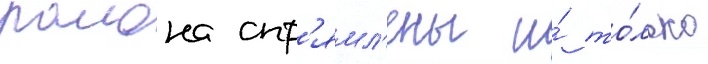
раиона спр'ямл'ены и́ то́лько